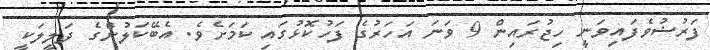
ފަރުޟުވެފައިވަނީ ހިޖުރައިން 9 ވަނަ އަހަރުގެ ފަހުކޮޅުގައި ކަމަށެވެ. އެބޭކަލުންގެ ދަލީލަކީ